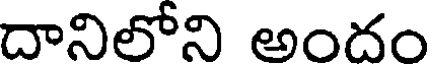
దానిలోని అందం